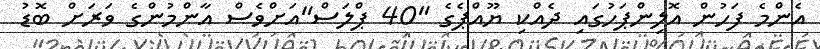
އެންމެ ފަހުން އޮލިންޕަހުގައި ދެއްކި ޔޫއްޕެގެ "40 ޕްލަސް"އަށްވެސް އާންމުންގެ ވަރަށް ބޮޑު